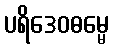
ပရိဒေဝဓမ္မေ